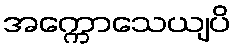
အက္ကောသေယျပိ